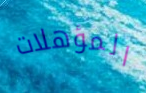
المؤهلات